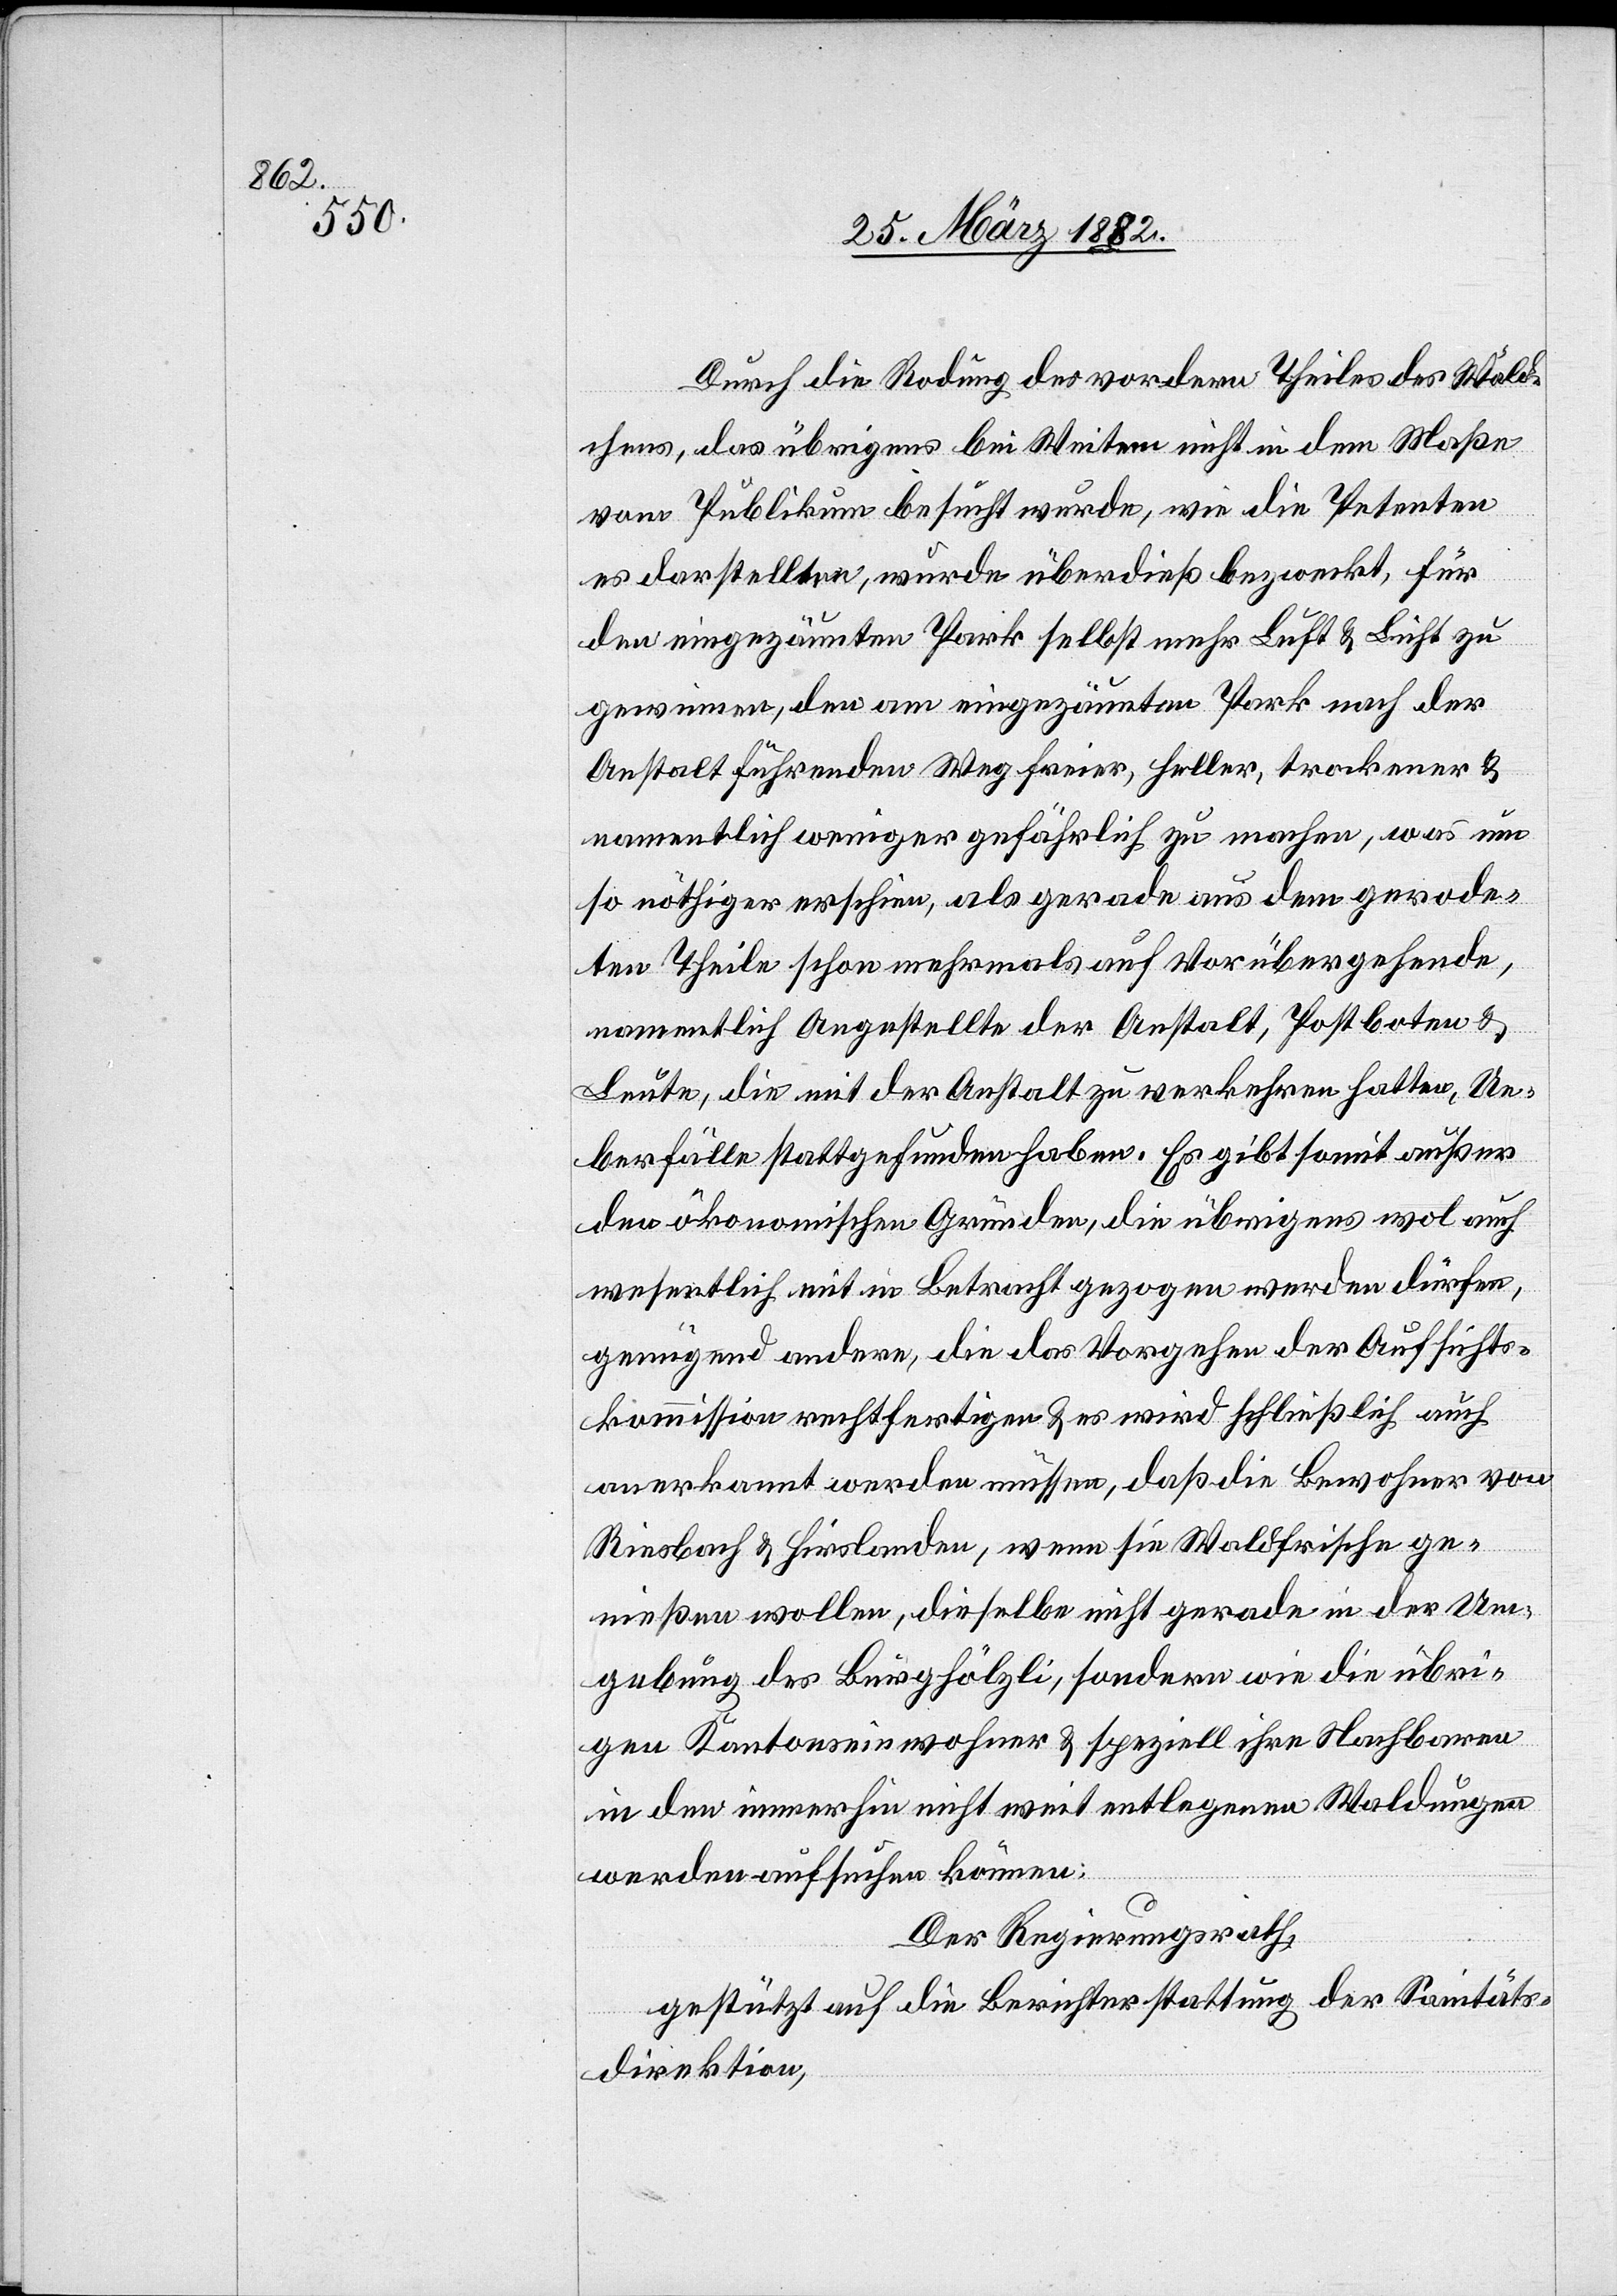
Durch die Rodung des vordern Theils des Wäld¬
chens, das übrigens bei Weitem nicht in dem Maße
vom Publikum besucht wurde, wie die Petenten
es darstellten, wurde überdieß bezweckt, für
den eingezäunten Park selbst mehr Luft & Licht zu
gewinnen, den am eingezäunten Park nach der
Anstalt führenden Weg freier, heller, trockener &
namentlich weniger gefährlich zu machen, was um
so nöthiger erscheine, als gerade aus dem gerode¬
ten Theile schon mehrmals auf Vorübergehende,
namentlich Angestellten der Anstalt, Postboten &
Leuten, die mit der Anstalt zu verkehren hatten, Ue¬
berfälle stattgefunden haben. Es gibt somit außer
den ökonomischen Gründen, die übrigens wol auch
wesentlich mit in Betracht gezogen werden dürfen,
genügend andere, die das Vorgehen der Aufsichts¬
kommission rechtfertigen & es wird schließlich auch
anerkannt werden müssen, daß die Bewohner von
Riesbach & Hirslanden, wenn sie Waldfrische ge¬
nießen wollen, dieselbe nicht gerade in der Um¬
gebung des Burghölzli, sondern wie die übri¬
gen Kantonseinwohner & speziell ihre Nachbarn
in den immerhin nicht weit entlegenen Waldungen
werden aufsuchen können:
Der Regierungsrath,
gestützt auf die Berichterstattung der Sanitäts¬
direktion,